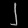
Digit: ၂